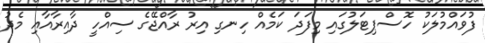
ފުވައްމުލަކު ހޮސްޕިޓަލުގައި މިފަދަ ކަމެއް ހިނގި އިރު ރާއްޖޭގެ ސިއްހީ ދާއިރާއާއި މެދު